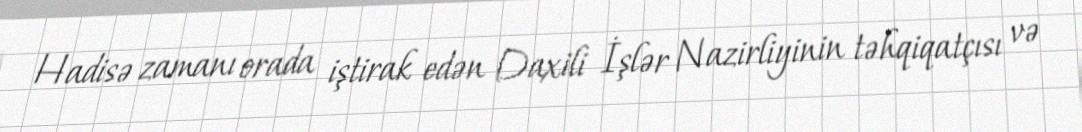
Hadisə zamanı orada iştirak edən Daxili İşlər Nazirliyinin təhqiqatçısı və